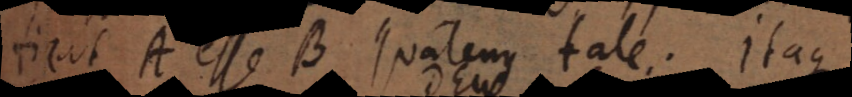
ficat A esse B quatenus tale. Itaque